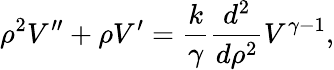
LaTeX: \rho^{2}V^{\prime\prime}+\rho V^{\prime}={\frac{k}{\gamma}}{\frac{d^{2}}{d\rho^{2}}}V^{\gamma-1},